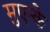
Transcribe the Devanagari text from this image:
मुएन्के